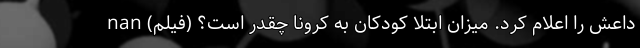
داعش را اعلام کرد. میزان ابتلا کودکان به کرونا چقدر است؟ (فیلم) nan